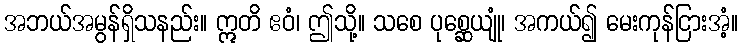
အဘယ်အမွန်ရှိသနည်း။ ဣတိ ဧဝံ၊ ဤသို့။ သစေ ပုစ္ဆေယျုံ၊ အကယ်၍ မေးကုန်ငြားအံ့။